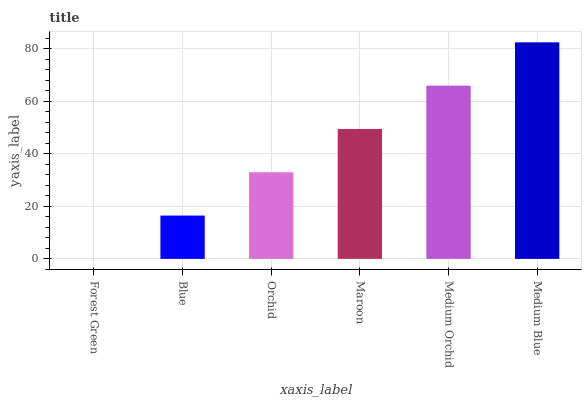
| xaxis_label | bars |
 | --- | --- |
 | Forest Green | 0 |
 | Blue | 16.5 |
 | Orchid | 33 |
 | Maroon | 49.4 |
 | Medium Orchid | 65.9 |
 | Medium Blue | 82.4 |